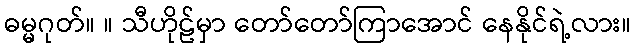
ဓမ္မဂုတ်။ ။ သီဟိုဠ်မှာ တော်တော်ကြာအောင် နေနိုင်ရဲ့လား။